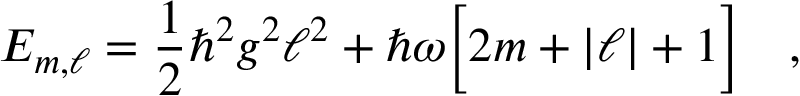
E _ { m , \ell } = \frac { 1 } { 2 } \hbar ^ { 2 } g ^ { 2 } \ell ^ { 2 } + \hbar \omega \Big [ 2 m + | \ell | + 1 \Big ] \ \ \ ,